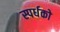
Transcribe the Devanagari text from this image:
स्पर्धको